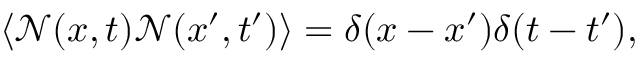
\langle \mathcal { N } ( x , t ) \mathcal { N } ( x ^ { \prime } , t ^ { \prime } ) \rangle = \delta ( x - x ^ { \prime } ) \delta ( t - t ^ { \prime } ) ,